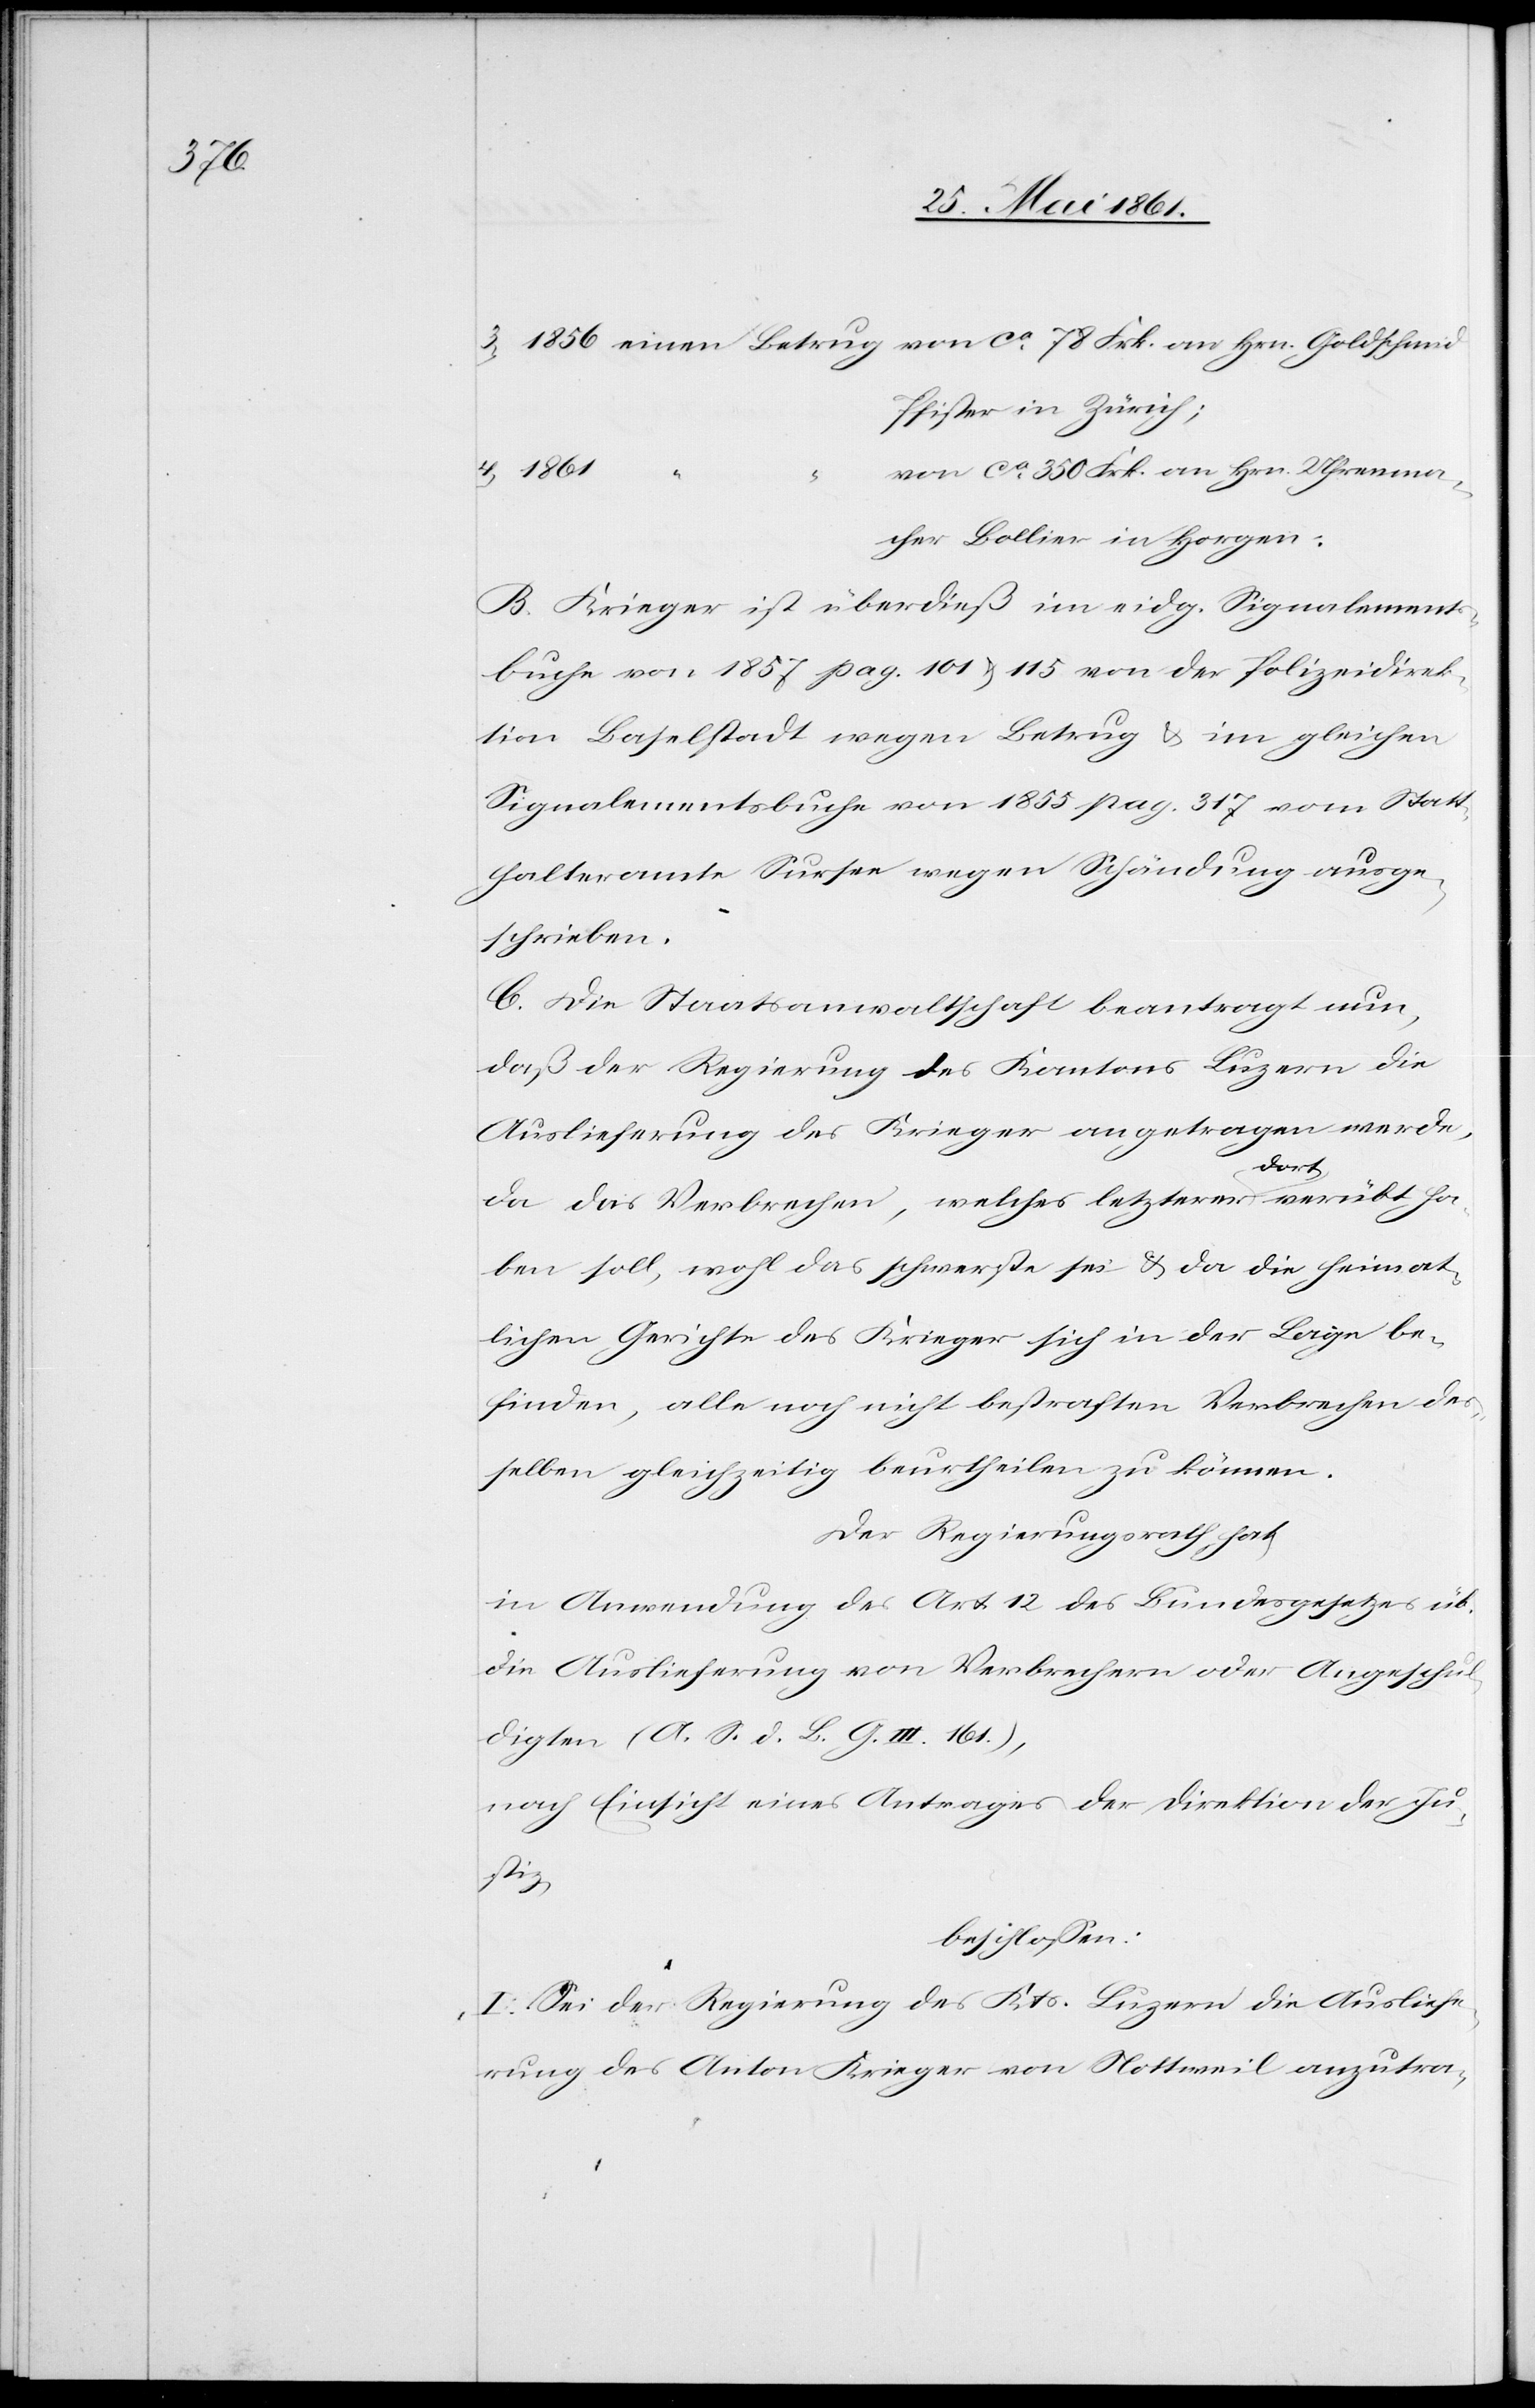
Pfister in Zürich;
1861
von ca 350 Frk. an Hrn. Uhrenma¬
cher Bollier in Horgen.
B. Krieger ist überdieß im eidg. Signalements¬
buche von 1857 pag. 101 u. 115 von der Polizeidirek¬
tion Baselstadt wegen Betrug u. im gleichen
Signalementsbuche von 1855 pag. 317 vom Statt¬
halteramte Sursee wegen Schädigung ausge¬
schrieben.
C. Die Staatsanwaltschaft beantragt nun,
daß der Regierung des Kantons Luzern die
Auslieferung des Krieger angetragen werde,
da das Verbrechen, welches letzterer dort verübt ha¬
ben soll, wohl das schwerste sei u. da die heimat¬
lichen Gerichte des Krieger sich in der Lage be¬
finden, alle noch nicht bestraften Verbrechen des¬
selben gleichzeitig beurtheilen zu können.
Der Regierungsrath hat
in Anwendung des Art. 12 des Bundesgesetzes üb.
die Auslieferung von Verbrechern oder Angeschul¬
digten (A. S. d. L. G. III. 161.),
nach Einsicht eines Antrages der Direktion der Ju¬
stiz;
beschlossen.
I. Sei der Regierung des Kts. Luzern die Ausliefe¬
rung des Anton Krieger von Nottweil anzutra-